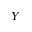
Y